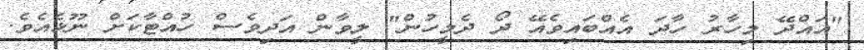
"އައްދޭ މިހާރު ހާދަ އެއްބައިވެއޭ ދޯ ދެމީހުން" ލީވާން އަދިވެސް ހުއްޓާކަށް ނޫޅެއެވެ.